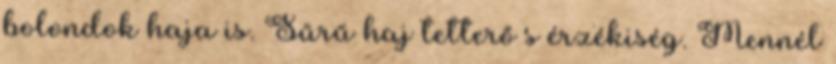
bolondok haja is. Sűrű haj tetterő s érzékiség. Mennél